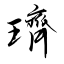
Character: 璾